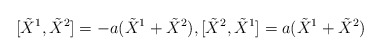
\begin{align*}[\tilde{X}^{1},\tilde{X}^{2}]=-a(\tilde{X}^{1}+\tilde{X}^{2}),[\tilde{X}^{2},\tilde{X}^{1}]=a(\tilde{X}^{1}+\tilde{X}^{2})\end{align*}